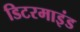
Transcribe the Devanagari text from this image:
डिटरमाइंड